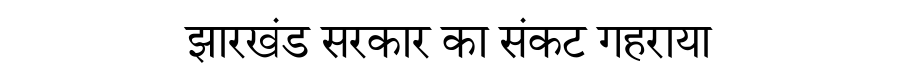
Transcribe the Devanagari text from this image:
झारखंड सरकार का संकट गहराया